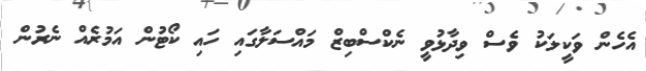
އެހެން ވަކީލަކު ވެސް ވިދާޅުވީ ނެކްސްބިޒް މައްސަލާގައި ހައި ކޯޓުން އަމުރެއް ނެރުން